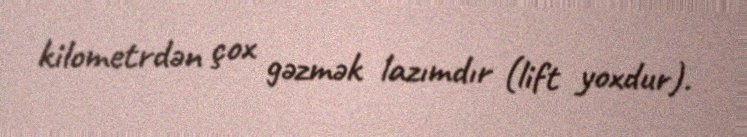
kilometrdən çox gəzmək lazımdır (lift yoxdur).